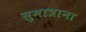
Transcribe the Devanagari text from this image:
सुमात्राना